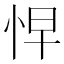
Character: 𭜬